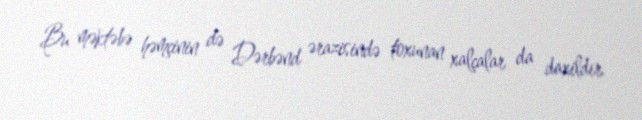
Bu məktəbə həmçinin də Dərbənd ərazisində toxunan xalçalar da daxildir.